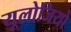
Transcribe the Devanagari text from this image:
यूलोजियो